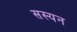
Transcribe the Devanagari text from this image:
सस्यन